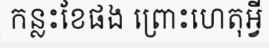
កន្លះខែផង ព្រោះហេតុអ្វី